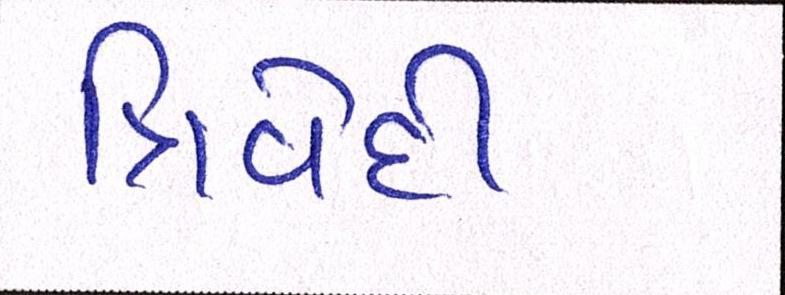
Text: ત્રિવેદી